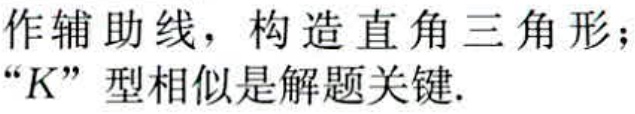
作辅助线，构造直角三角形；
“\(K\)”型相似是解题关键.